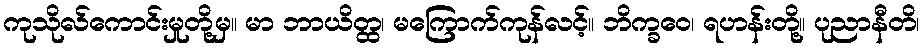
ကုသိုလ်ကောင်းမှုတို့မှ။ မာ ဘာယိတ္ထ၊ မကြောက်ကုန်လင့်။ ဘိက္ခဝေ၊ ရဟန်းတို့။ ပုညာနီတိ၊